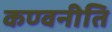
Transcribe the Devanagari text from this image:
कण्वनीति